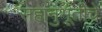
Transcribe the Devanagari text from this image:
सहानुभूतीचे